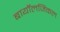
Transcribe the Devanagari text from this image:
बायॉलजिकल